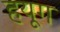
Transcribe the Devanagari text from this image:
हयूग